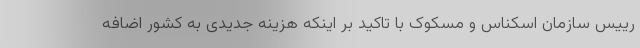
رییس سازمان اسکناس و مسکوک با تاکید بر اینکه هزینه جدیدی به کشور اضافه